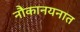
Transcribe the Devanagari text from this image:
नौकानयनात